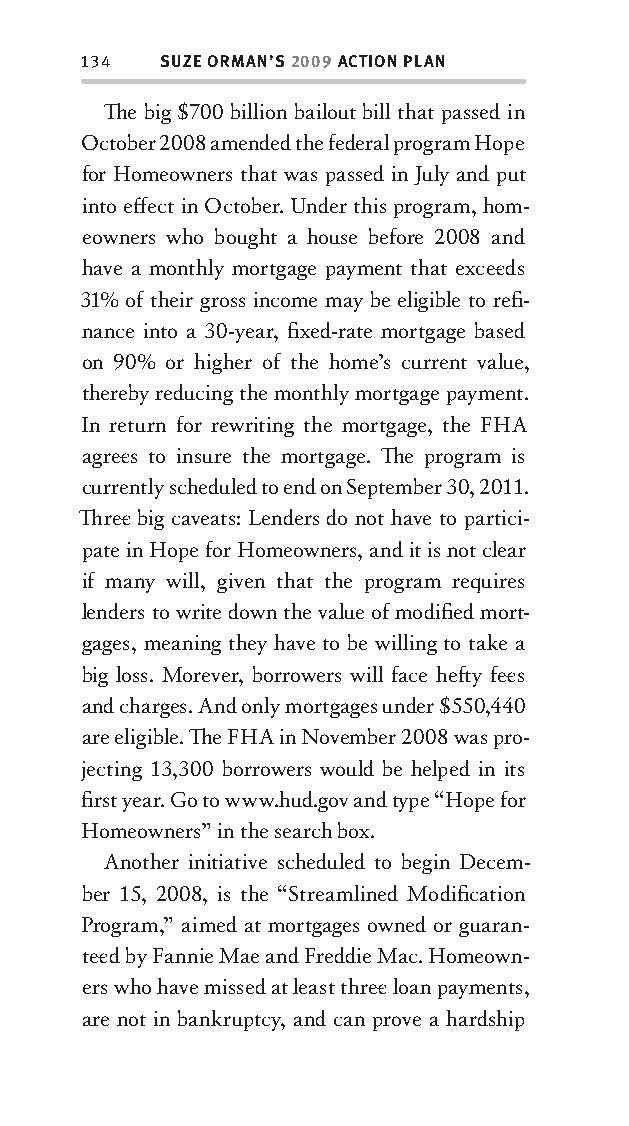
134  SUZE ORMAN’S 2009 ACTION PLAN
 Th e big $700 billion bailout bill that passed in
 October 2008 amended the federal program Hope
 for Homeowners that was passed in July and put
 into eff ect in October. Under this program, hom-
 eowners who bought a house before 2008 and
 have a monthly mortgage payment that excee ds
 31% of their gross income may be eligible to refi -
 nance into a 30-year, fi xed-rate mortgage based
 on 90% or higher of the home’s current value,
 thereby reducing the monthly mortgage payment.
 In return for rewriting the mortgage, the FHA
 agree s to insure the mortgage. Th e program is
 currently scheduled to end on September 30, 2011.
 Th ree big caveats: Lenders do not have to partici-
 pate in Hope for Homeowners, and it is not clear
 if many will, given that the program requires
 lenders to write down the value of modifi ed mort-
 gages, meaning they have to be willing to take a
 big loss. Morever, borrowers will face heft y fee s
 and charges. And only mortgages under $550,440
 are eligible. Th e FHA in November 2008 was pro-
 jecting 13,300 borrowers would be helped in its
 fi rst year. Go to www.hud.gov and ty pe “Hope for
 Homeowners” in the search box.
 Another initiative scheduled to begin Decem-
 ber 15, 2008, is the “Streamlined Modifi cation
 Program,” aimed at mortgages owned or guaran-
 tee d by Fannie Mae and Freddie Mac. Homeown-
 ers who have missed at least three loan payments,
 are not in bankruptcy, and can prove a hardship
 OOrrmmaa__99778800338855553300993344__44pp__aallll__rr11..iinndddd 113344 1122//33//0088 99::3311::2266 AAMM